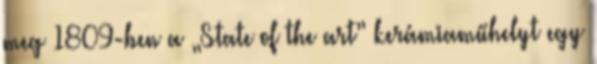
meg 1809-ben a „State of the art” kerámiaműhelyt egy